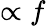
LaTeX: \propto f